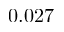
0 . 0 2 7